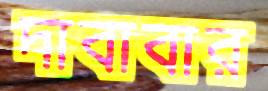
দাবাবার